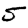
Digit: 5